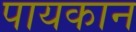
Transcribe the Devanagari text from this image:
पायकान